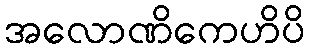
အလောဏိကေဟိပိ